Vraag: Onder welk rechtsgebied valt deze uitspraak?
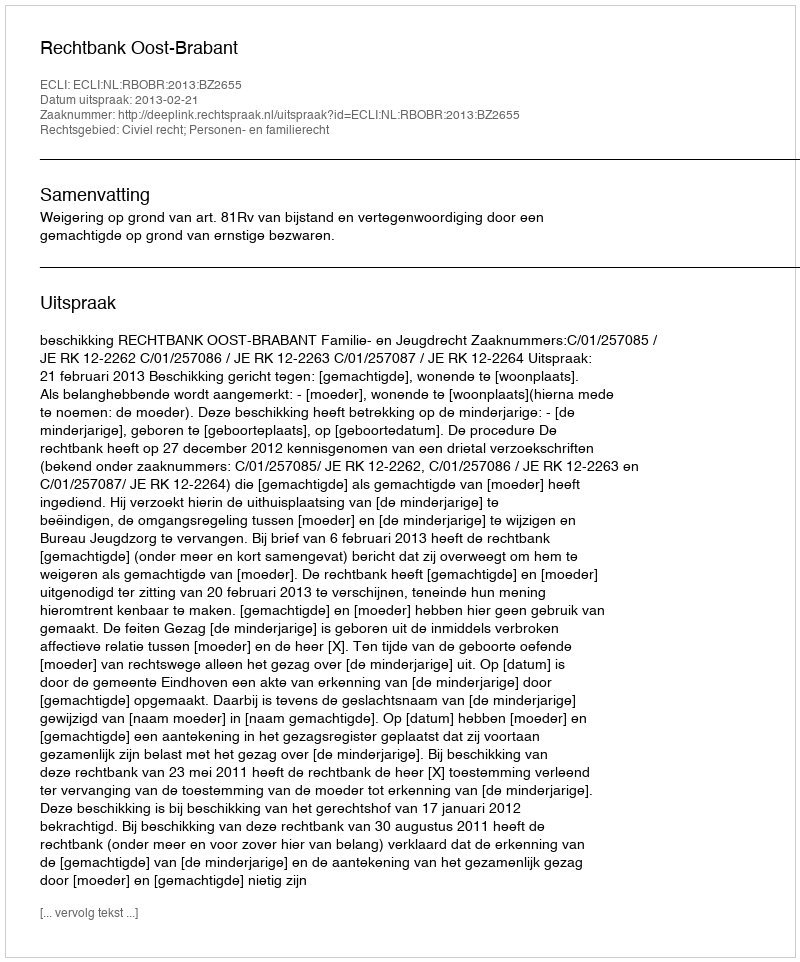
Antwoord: Civiel recht; Personen- en familierecht